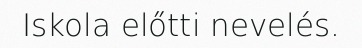
Iskola előtti nevelés.